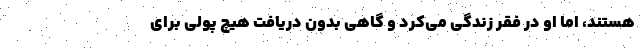
هستند، اما او در فقر زندگی می‌کرد و گاهی بدون دریافت هیچ پولی برای